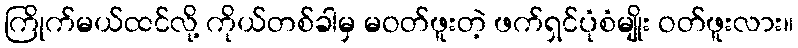
ကြိုက်မယ်ထင်လို့ ကိုယ်တစ်ခါမှ မဝတ်ဖူးတဲ့ ဖက်ရှင်ပုံစံမျိုး ဝတ်ဖူးလား။